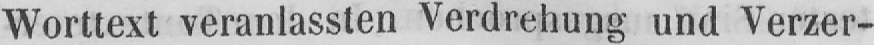
Worttext veranlassten Verdrehung und Verzer-